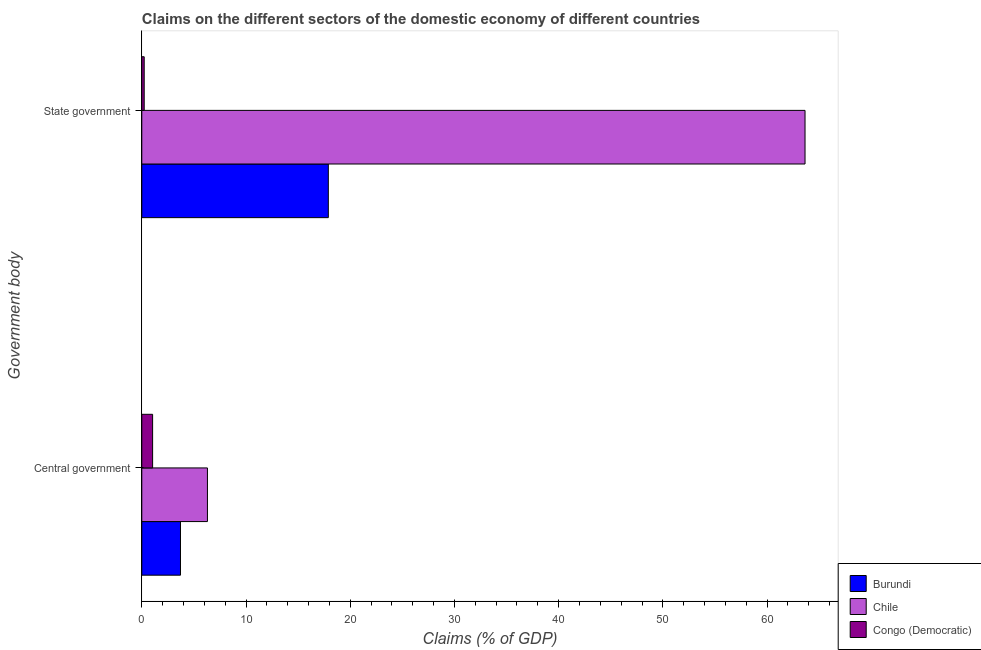
| Government body | Burundi | Chile | Congo (Democratic) |
 | --- | --- | --- | --- |
 | Central government | 3.71 | 6.3 | 1.04 |
 | State government | 17.9 | 63.6 | 0.23 |